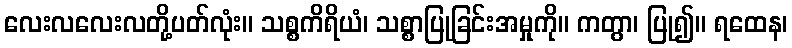
လေးလလေးလတို့ပတ်လုံး။ သစ္စကိရိယံ၊ သစ္စာပြုခြင်းအမှုကို။ ကတွာ၊ ပြု၍။ ရထေန၊